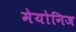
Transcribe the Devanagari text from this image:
मेयोनिज